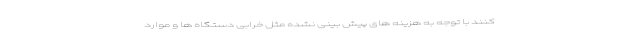
کنند با توجه به هزینه های پیش بینی نشده مثل خرابی دستگاه ها و موارد